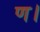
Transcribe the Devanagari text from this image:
ण।